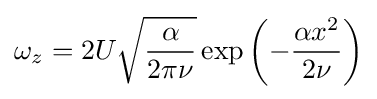
\omega _{z}=2U{\sqrt {\frac {\alpha }{2\pi \nu }}}\exp \left(-{\frac {\alpha x^{2}}{2\nu }}\right)